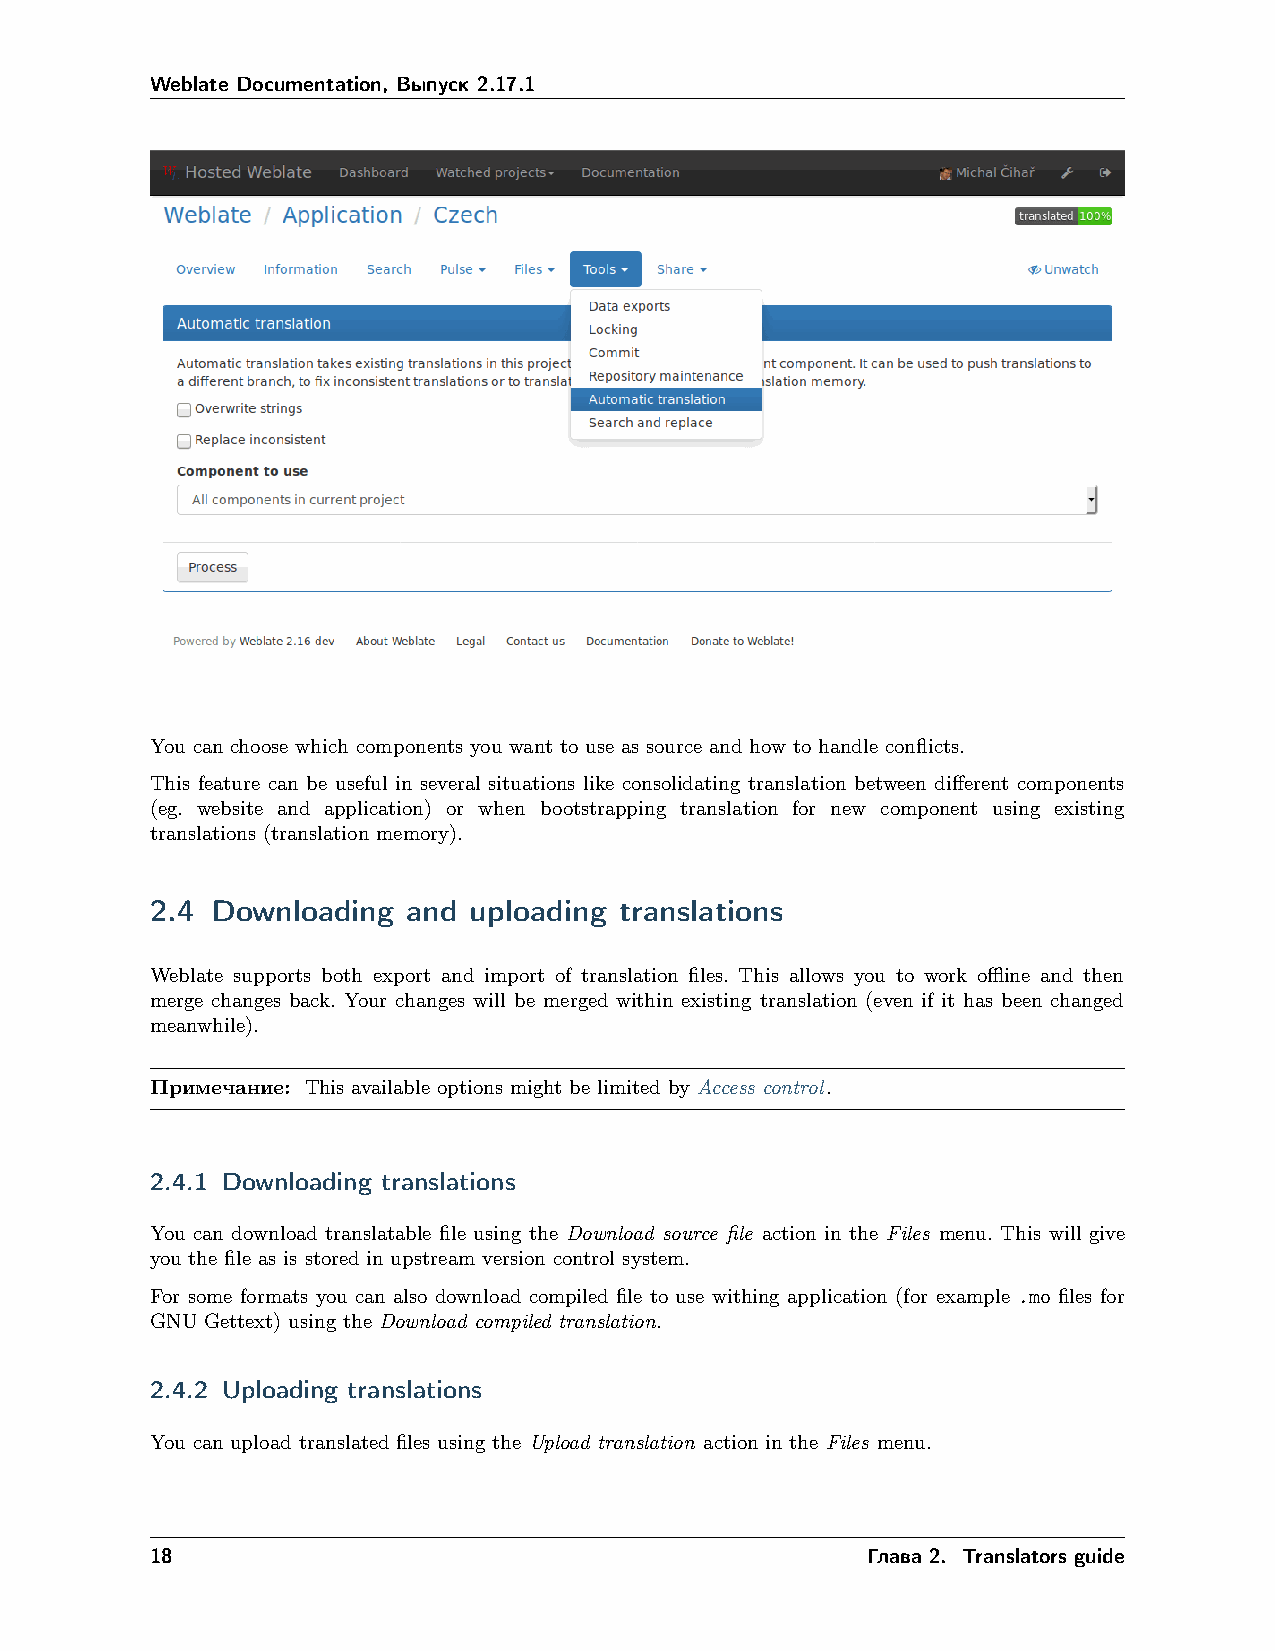
Weblate Documentation, Выпуск 2.17.1
 You can choose which components you want to use as source and how to handle conflicts.
 This feature can be useful in several situations like consolidating translation between different components
 (eg. website and application) or when bootstrapping translation for new component using existing
 translations (translation memory).
 2.4 Downloading  and uploading translations
 Weblate supports both export and import of translation files. This allows you to work offline and then
 merge changes back. Your changes will be merged within existing translation (even if it has been changed
 meanwhile).
 Примечание: This available options might be limited by Access control.
 2.4.1 Downloading translations
 You can download translatable file using the Download source file action in the Files menu. This will give
 you the file as is stored in upstream version control system.
 For some formats you can also download compiled file to use withing application (for example .mo files for
 GNU Gettext) using the Download compiled translation.
 2.4.2 Uploading translations
 You can upload translated files using the Upload translation action in the Files menu.
 18                                             Глава 2. Translators guide